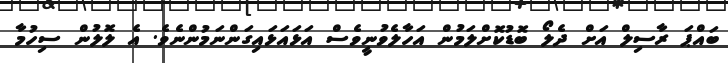
ބައްޕަ ރާސިލް އަށް ދެލޯ ބޮޑުކޮށްލަމުން އަހާލެވުނީވެސް އަޅައަޅައިގަންނަމުންނެވެ. އެ ލޮލުން ސިހުމާ